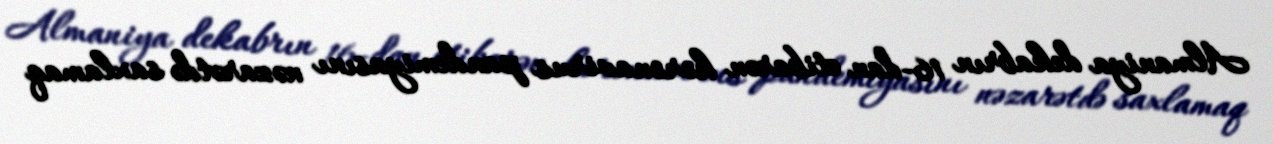
Almaniya dekabrın 16-dan etibarən koronavirus pandemiyasını nəzarətdə saxlamaq